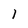
Character: l